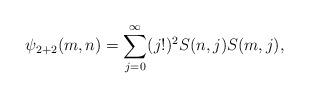
LaTeX: \begin{align*}\psi_{2+2}(m,n) = \sum_{j = 0}^\infty (j!)^2 S(n, j) S(m, j),\end{align*}